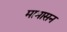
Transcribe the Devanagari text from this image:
मामासन